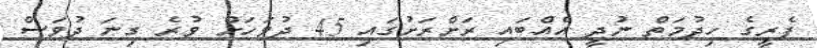
ފެރީގެ ހިދުމަތް ނުދީ އެއްބައި ރަށްރަށުގައި 45 ދުވަހަށް ވުރެ ގިނަ ދުވަސް